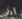
إرني